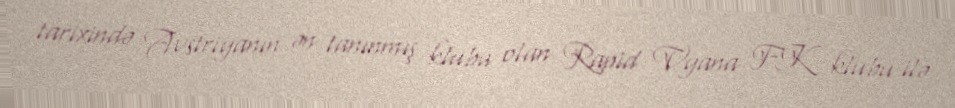
tarixində Avstriyanın ən tanınmış klubu olan Rapid Vyana FK klubu ilə